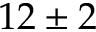
1 2 \pm 2